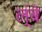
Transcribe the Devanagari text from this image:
ल्ंबे